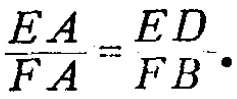
$\frac{EA}{FA}=\frac{ED}{FB}.$